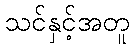
သင်နှင့်အတူ